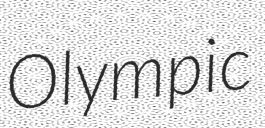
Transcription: Olympic